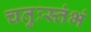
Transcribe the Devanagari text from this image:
चतुःस्तंभं